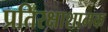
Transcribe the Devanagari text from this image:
प्रतिरक्षाशामक